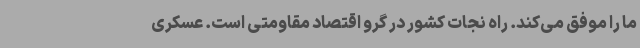
ما را موفق می‌کند. راه نجات کشور در گرو اقتصاد مقاومتی است. عسکری